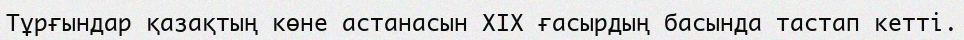
Тұрғындар қазақтың көне астанасын XIX ғасырдың басында тастап кетті.